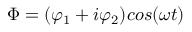
\Phi = ( \varphi _ { 1 } + i \varphi _ { 2 } ) c o s ( \omega t )